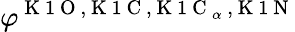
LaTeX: \varphi^{\mathrm{~K~1~O~,~K~1~C~,~K~1~C~}_{\alpha}\mathrm{~,~K~1~N~}}